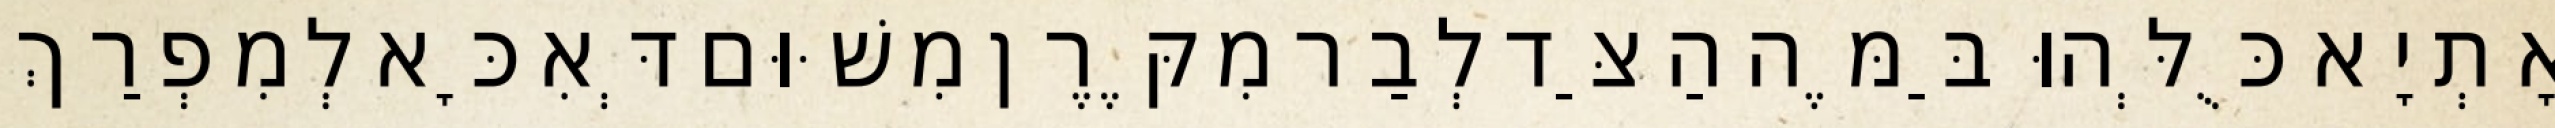
אָתְיָא כֻּלְּהוּ בַּמֶּה הַצַּד לְבַר מִקֶּרֶן מִשּׁוּם דְּאִכָּא לְמִפְרַךְ